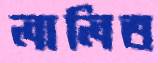
লালিত